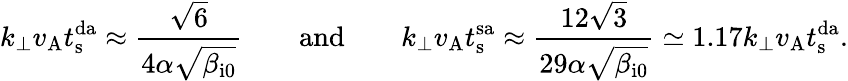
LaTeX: k_{\perp}v_{\mathrm{A}}t_{\mathrm{s}}^{\mathrm{da}}\approx\frac{\sqrt{6}}{4\alpha\sqrt{\beta_{\mathrm{i0}}}}\qquad\mathrm{and}\qquad k_{\perp}v_{\mathrm{A}}t_{\mathrm{s}}^{\mathrm{sa}}\approx\frac{12\sqrt{3}}{29\alpha\sqrt{\beta_{\mathrm{i0}}}}\simeq 1.17k_{\perp}v_{\mathrm{A}}t_{\mathrm{s}}^{\mathrm{da}}.